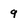
Character: 9